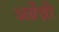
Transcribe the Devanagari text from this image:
अग्रेंज़ी